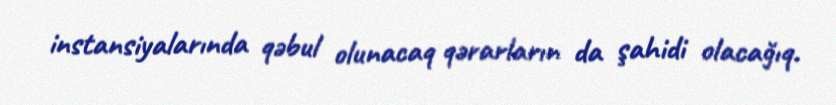
instansiyalarında qəbul olunacaq qərarların da şahidi olacağıq.